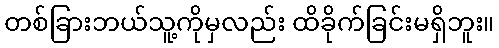
တစ်ခြားဘယ်သူ့ကိုမှလည်း ထိခိုက်ခြင်းမရှိဘူး။